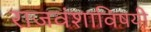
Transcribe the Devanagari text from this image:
राजवंशाविषयी